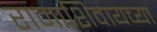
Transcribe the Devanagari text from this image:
रामाशिवायच्या